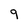
Character: 9